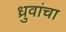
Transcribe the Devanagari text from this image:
ध्रुवांचा